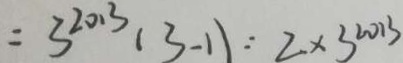
= 3 ^ { 2 0 1 3 } ( 3 - 1 ) : 2 \times 3 ^ { 2 0 1 3 }